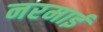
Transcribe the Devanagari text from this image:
नरमाई